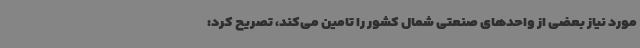
مورد نیاز بعضی از واحدهای صنعتی شمال کشور را تامین می‌کند، تصریح کرد: